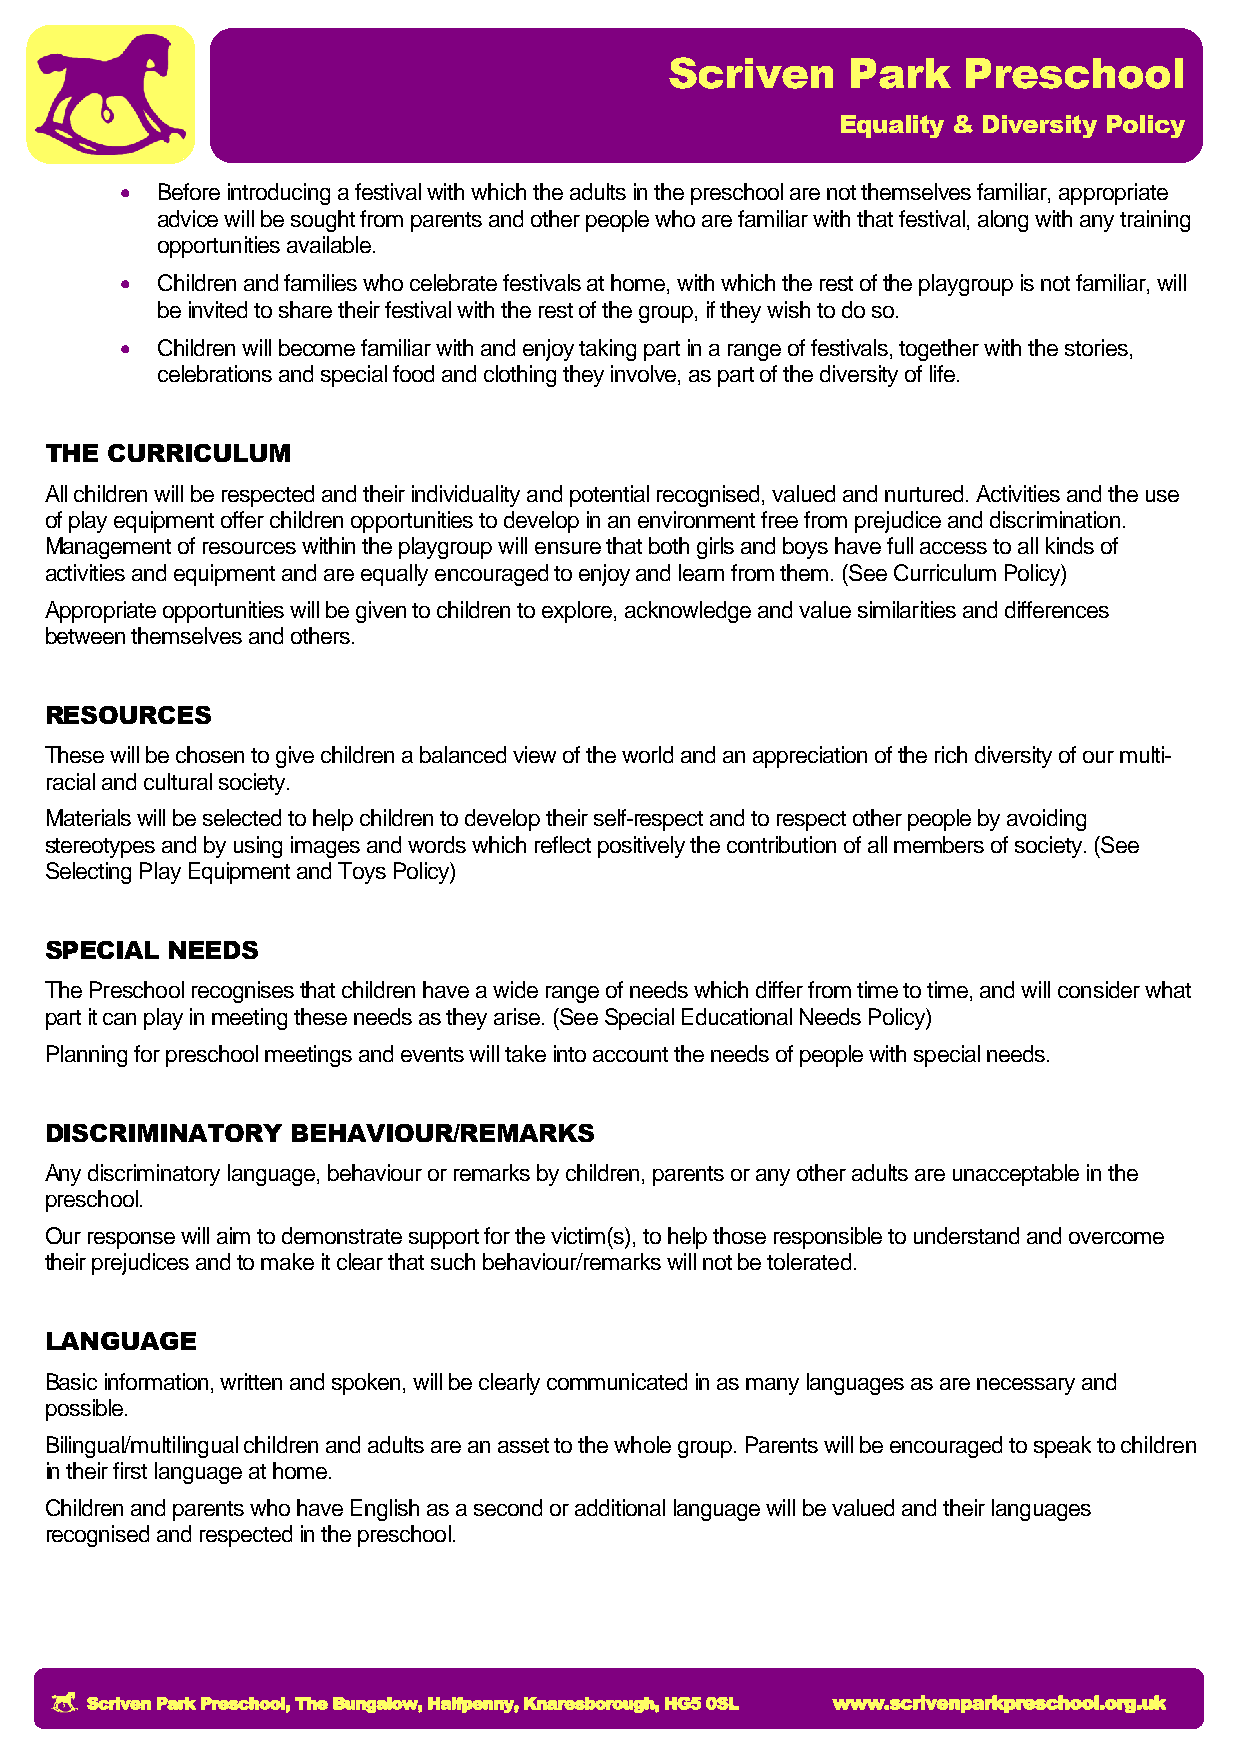
Scriven     Park    Preschool
 Equality & Diversity Policy
  Before introducing a festival with which the adults in the preschool are not themselves familiar, appropriate
 advice will be sought from parents and other people who are familiar with that festival, along with any training
 opportunities available.
  Children and families who celebrate festivals at home, with which the rest of the playgroup is not familiar, will
 be invited to share their festival with the rest of the group, if they wish to do so.
  Children will become familiar with and enjoy taking part in a range of festivals, together with the stories,
 celebrations and special food and clothing they involve, as part of the diversity of life.
 THE CURRICULUM
 All children will be respected and their individuality and potential recognised, valued and nurtured. Activities and the use
 of play equipment offer children opportunities to develop in an environment free from prejudice and discrimination.
 Management of resources within the playgroup will ensure that both girls and boys have full access to all kinds of
 activities and equipment and are equally encouraged to enjoy and learn from them. (See Curriculum Policy)
 Appropriate opportunities will be given to children to explore, acknowledge and value similarities and differences
 between themselves and others.
 RESOURCES
 These will be chosen to give children a balanced view of the world and an appreciation of the rich diversity of our multi-
 racial and cultural society.
 Materials will be selected to help children to develop their self-respect and to respect other people by avoiding
 stereotypes and by using images and words which reflect positively the contribution of all members of society. (See
 Selecting Play Equipment and Toys Policy)
 SPECIAL NEEDS
 The Preschool recognises that children have a wide range of needs which differ from time to time, and will consider what
 part it can play in meeting these needs as they arise. (See Special Educational Needs Policy)
 Planning for preschool meetings and events will take into account the needs of people with special needs.
 DISCRIMINATORY  BEHAVIOUR/REMARKS
 Any discriminatory language, behaviour or remarks by children, parents or any other adults are unacceptable in the
 preschool.
 Our response will aim to demonstrate support for the victim(s), to help those responsible to understand and overcome
 their prejudices and to make it clear that such behaviour/remarks will not be tolerated.
 LANGUAGE
 Basic information, written and spoken, will be clearly communicated in as many languages as are necessary and
 possible.
 Bilingual/multilingual children and adults are an asset to the whole group. Parents will be encouraged to speak to children
 in their first language at home.
 Children and parents who have English as a second or additional language will be valued and their languages
 recognised and respected in the preschool.
 Scriven Park Preschool, The Bungalow, Halfpenny, Knaresborough, HG5 0SL www.scrivenparkpreschool.org.uk